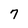
Character: 7